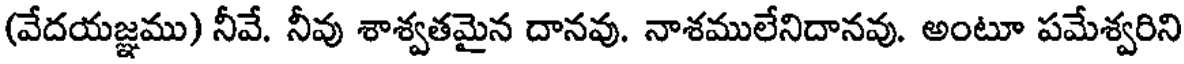
(వేదయజ్ఞము) నీవే. నీవు శాశ్వతమైన దానవు. నాశములేనిదానవు. అంటూ పమేశ్వరిని